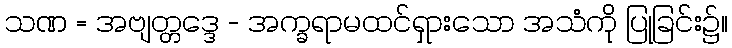
သဏ = အဗျတ္တဒ္ဒေ - အက္ခရာမထင်ရှားသော အသံကို ပြုခြင်း၌။